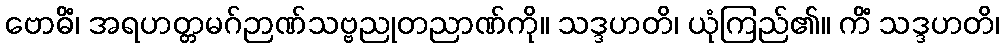
ဗောဓိံ၊ အရဟတ္တမဂ်ဉာဏ်သဗ္ဗညုတညာဏ်ကို။ သဒ္ဒဟတိ၊ ယုံကြည်၏။ ကိံ သဒ္ဒဟတိ၊